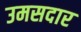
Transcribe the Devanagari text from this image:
उमसदार